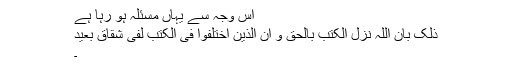
اس وجہ سے یہاں مسئلہ ہو رہا ہے
ذٰلِکَ بِاَنَّ اللہَ نَزَّلَ الْکِتٰبَ بِالْحَقِّؕ وَ اِنَّ الَّذِیۡنَ اخْتَلَفُوۡا فِی الْکِتٰبِ لَفِیۡ شِقَاقٍۭ بَعِیۡدٍ
۔